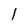
Character: l